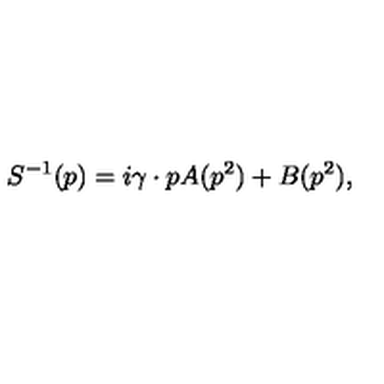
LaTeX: S ^ { - 1 } ( p ) = i \gamma \cdot p A ( p ^ { 2 } ) + B ( p ^ { 2 } ) ,